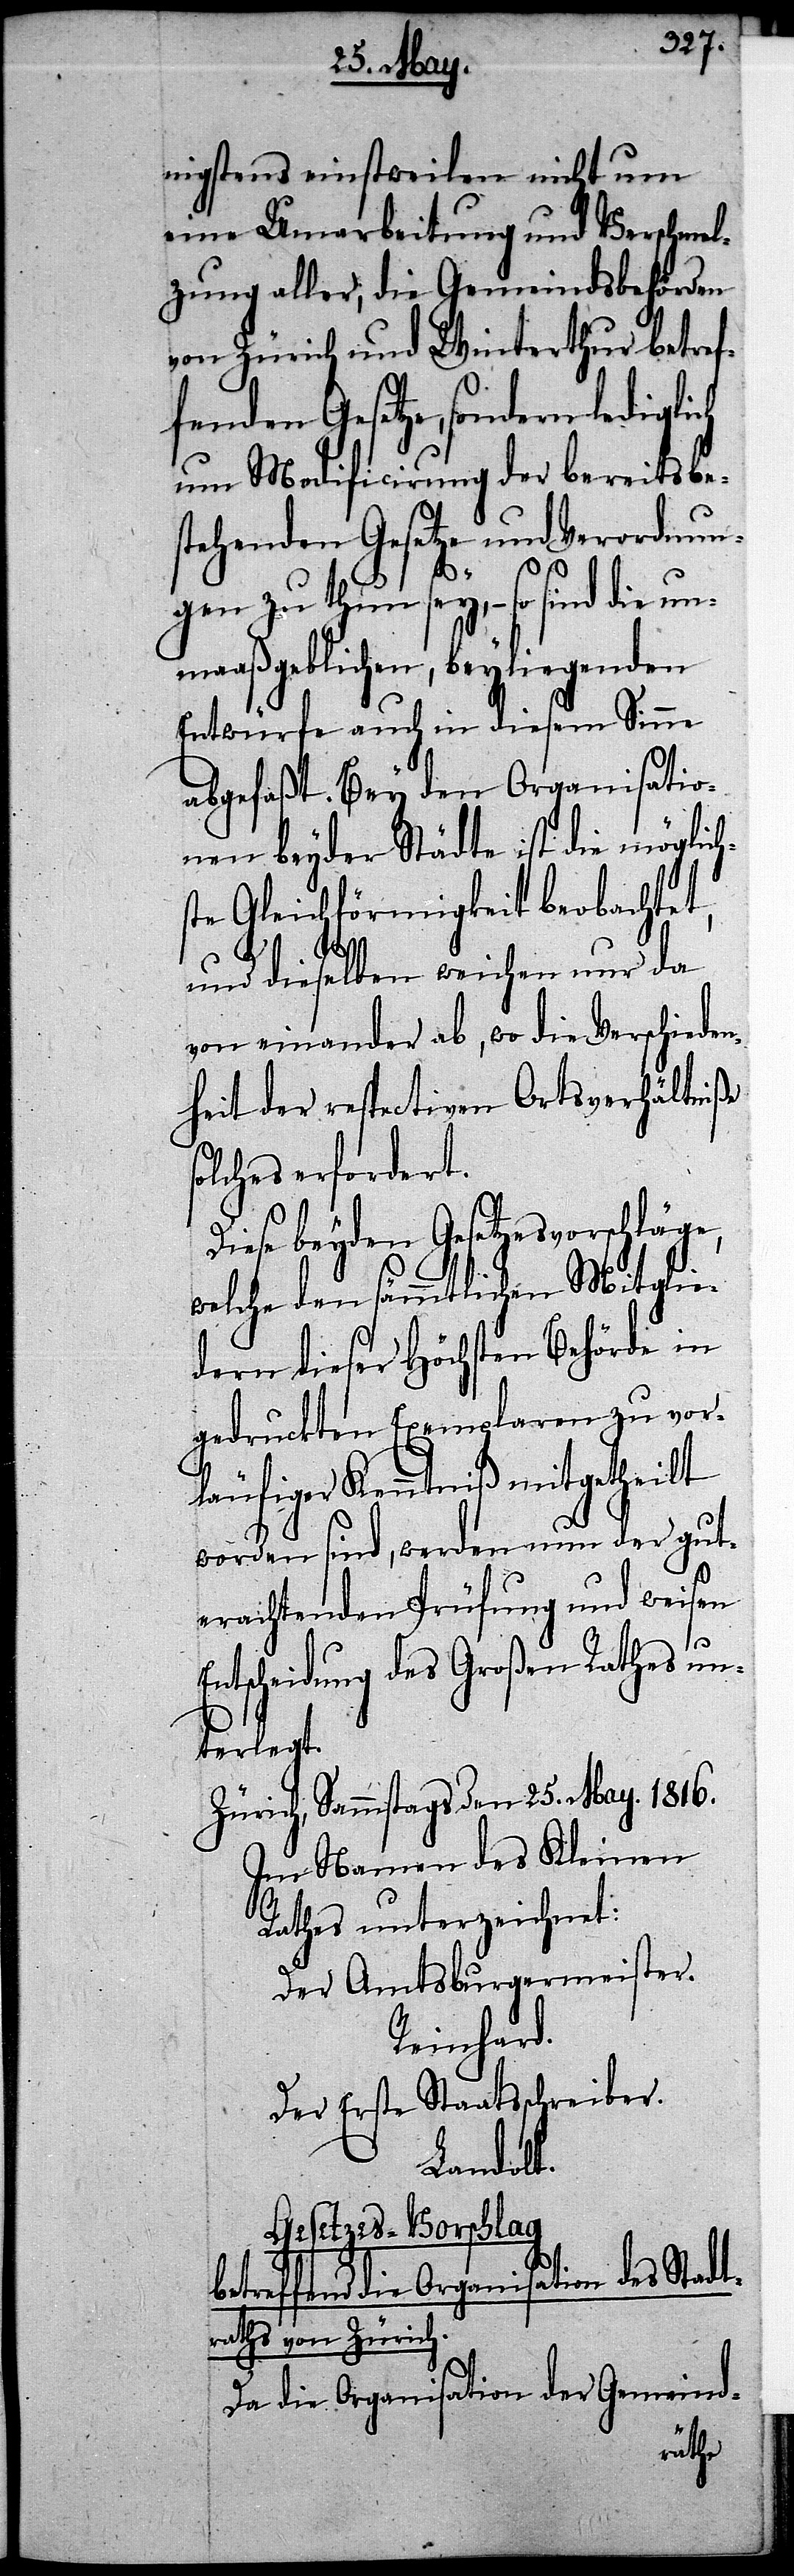
nigstens einstweilen nicht um
eine Umarbeitung und Verschmel¬
zung aller, die Gemeindsbehörden
von Zürich und Winterthur betref¬
fenden Gesetze, sondern ledigli¬
um Modificirung der bereits be¬
stehenden Gesetze und Verordnun¬
gen zu thun sey, – so sind die un¬
maaßgeblichen, beyliegenden
Entwürfe auch in diesem Sinne
abgefaßt. Bey den Organisatio¬
nen beyder Städte ist die möglich¬
ste Gleichförmigkeit beobachtet,
so¬
E¬
und dieselben weichen nur da
von einander ab, wo die Verschieden¬
heit der respectiven Ortsverhältniße
lches erfordert.
Diese beyden Gesetzesvorschläge,
welche den sämmtlichen Mitglie¬
dern dieser Höchsten Behörde in
gedruckten Exemplaren zu vor¬
läufiger Kenntniß mitgetheilt
worden sind, werden nun der gut¬
erachtenden Prüfung und weisen
ntscheidung des Großen Rathes un¬
terlegt.
Zürich, Sammstag den 25. May. 1816.
Im Namen des Kleinen
Rathes unterzeichnet:
Der Amtsburgermeister.
Reinhard.
Der Erste Staatsschreiber.
Landolt.
Gesetzes-Vorschlag
betreffend die Organisation des Stadt¬
rathes von Zürich.
Da die Organisation der Gemeind-